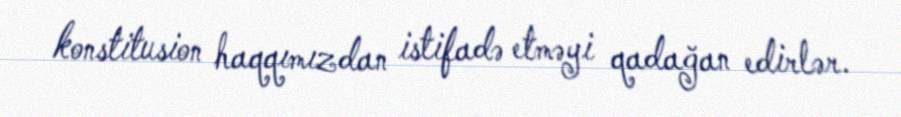
konstitusion haqqımızdan istifadə etməyi qadağan edirlər.